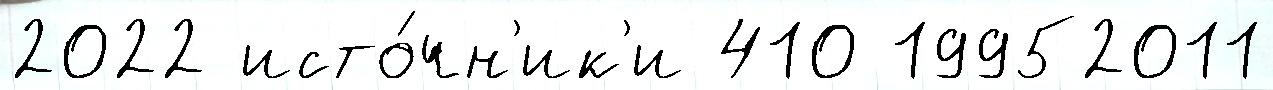
2022 исто́чн'ик'и 410 19952011